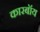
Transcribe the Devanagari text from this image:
कारबॉय